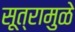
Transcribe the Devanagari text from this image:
सूत्रामुळे